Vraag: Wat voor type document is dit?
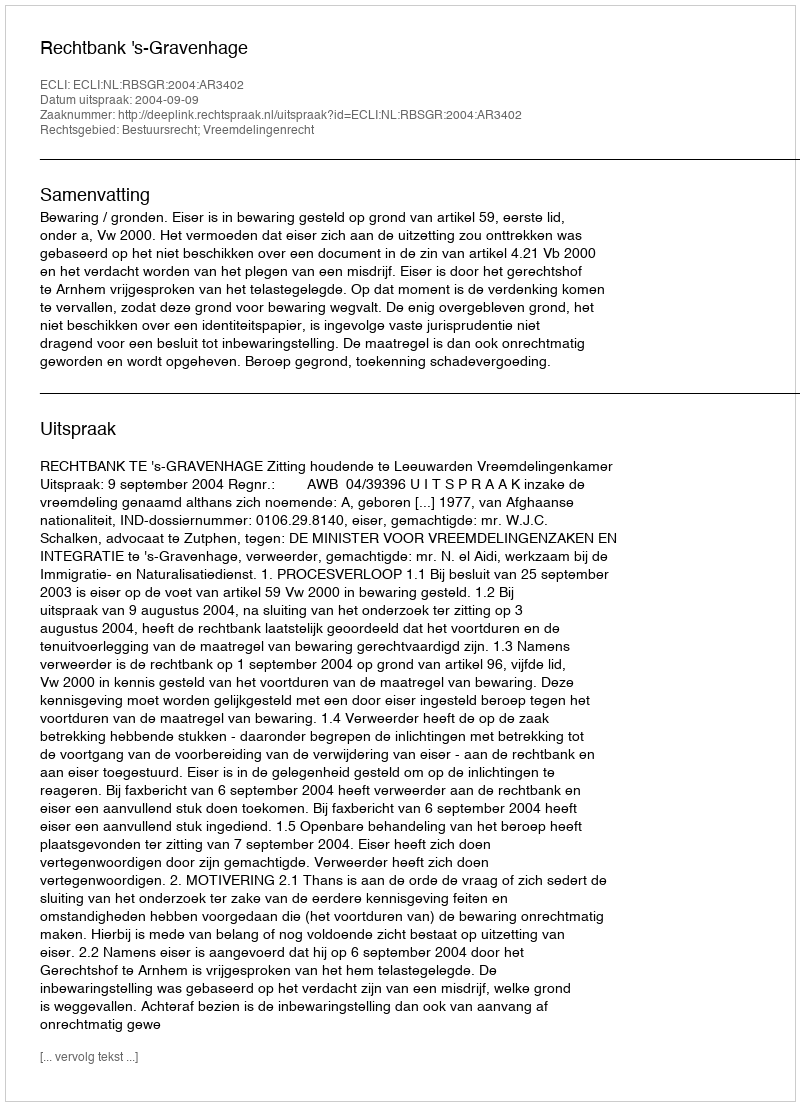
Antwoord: Uitspraak